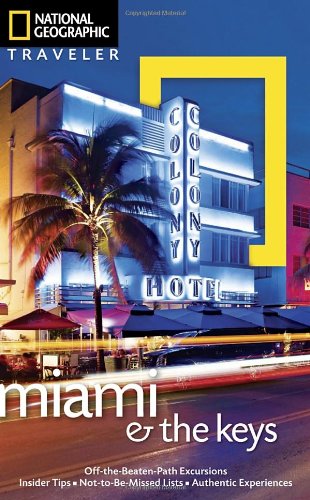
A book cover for National Geographic Traveler: Miami and the Keys, Fourth Edition (National Geographic Traveler Miami & the Keys); Mark Miller; Travel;